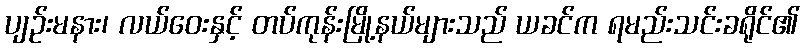
ပျဉ်းမနား၊ လယ်ဝေးနှင့် တပ်ကုန်းမြို့နယ်များသည် ယခင်က ရမည်းသင်းခရိုင်၏